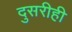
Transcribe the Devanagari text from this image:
दुसरीही